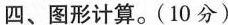
四、图形计算。(10分)